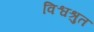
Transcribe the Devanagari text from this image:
विश्वश्रुत